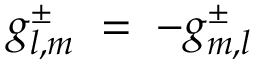
g _ { l , m } ^ { \pm } \; = \; - g _ { m , l } ^ { \pm }